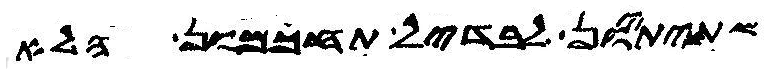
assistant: שתיתיון לבדיל תחכמון הלא